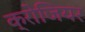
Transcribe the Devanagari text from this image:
क्रोजियर